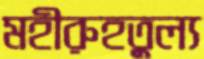
মহীরুহতুল্য